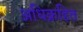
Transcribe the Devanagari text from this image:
अधिक्रहित